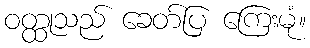
ဝတ္ထုသည် ခေတ်ပြ ကြေးမုံ။